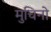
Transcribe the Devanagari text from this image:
मुचिनो